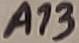
Text: A13